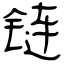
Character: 链